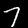
Digit: 7